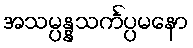
အသမ္ပန္နသင်္ကပ္ပမနော